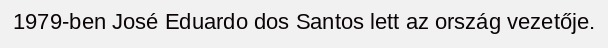
1979-ben José Eduardo dos Santos lett az ország vezetője.